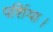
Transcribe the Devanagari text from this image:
पर्शिया।